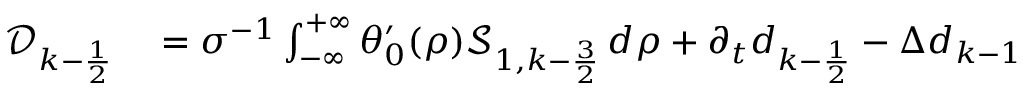
\begin{array} { r l } { \mathcal { D } _ { k - \frac { 1 } { 2 } } } & { { } = \sigma ^ { - 1 } \int _ { - \infty } ^ { + \infty } \theta _ { 0 } ^ { \prime } ( \rho ) \mathcal { S } _ { 1 , k - \frac { 3 } { 2 } } \, d \rho + \partial _ { t } d _ { k - \frac { 1 } { 2 } } - \Delta d _ { k - 1 } } \end{array}